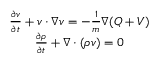
\begin{array} { c } { \frac { \partial v } { \partial t } + v \cdot \nabla v = - \frac { 1 } { m } \nabla ( Q + V ) } \\ { \frac { \partial \rho } { \partial t } + \nabla \cdot ( \rho v ) = 0 } \end{array}